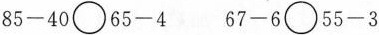
$$8 5 - 4 0 \bigcirc 6 5 - 4$$ $$6 7 - 6 \bigcirc 5 5 - 3$$